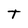
Character: T